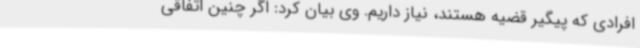
افرادی که پیگیر قضیه هستند، نیاز داریم. وی بیان کرد: اگر چنین اتفاقی